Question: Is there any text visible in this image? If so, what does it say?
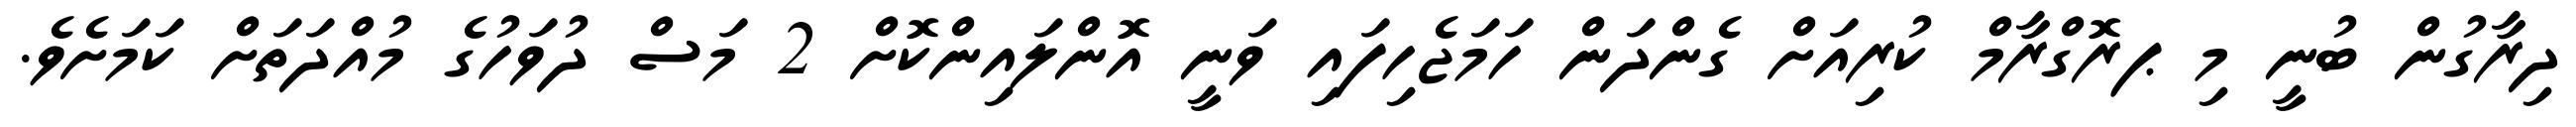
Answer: ދިރާގުން ބުނީ މި ޕރޮގްރާމް ކުރިއަށް ގެންދަން ހަމަޖެހިފައި ވަނީ އޮންލައިންކޮށް 2 މަސް ދުވަހުގެ މުއްދަތަށް ކަމަށެވެ.